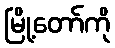
မြို့တော်ကို